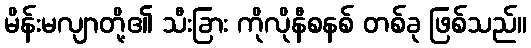
မိန်းမလျာတို့၏ သီးခြား ကိုလိုနီစနစ် တစ်ခု ဖြစ်သည်။